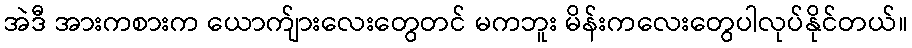
အဲဒီ အားကစားက ယောက်ျားလေးတွေတင် မကဘူး မိန်းကလေးတွေပါလုပ်နိုင်တယ်။